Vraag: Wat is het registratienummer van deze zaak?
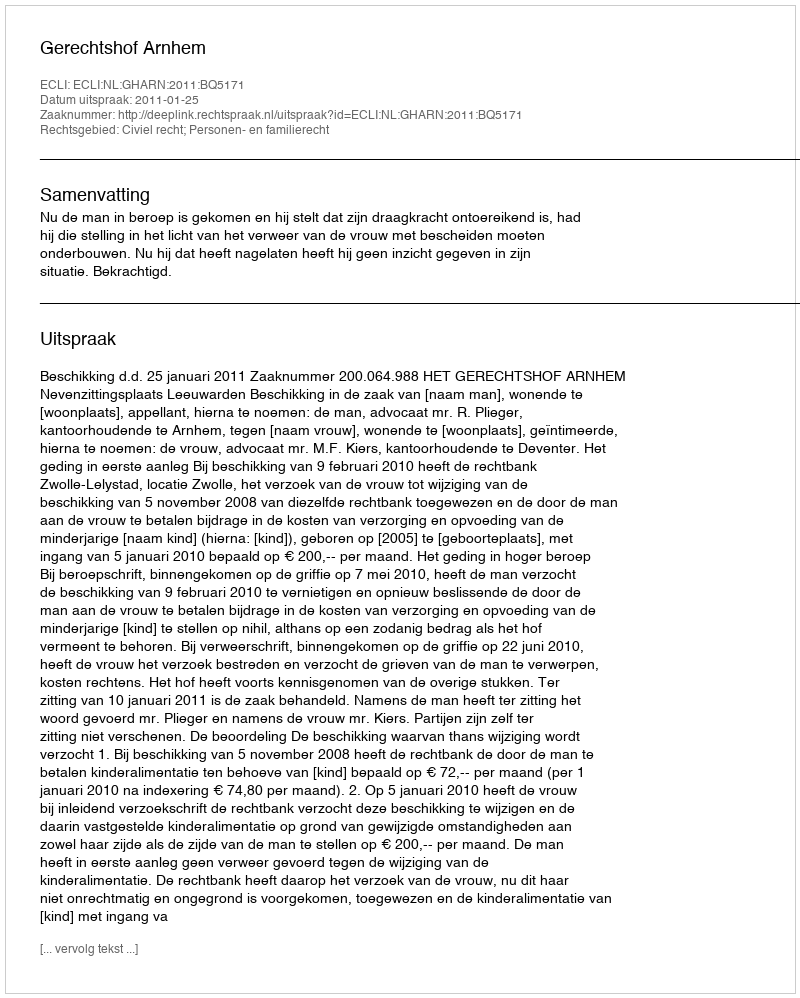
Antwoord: http://deeplink.rechtspraak.nl/uitspraak?id=ECLI:NL:GHARN:2011:BQ5171